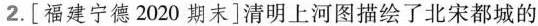
2.[福建宁德2020期末]清明上河图描绘了北宋都城的